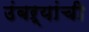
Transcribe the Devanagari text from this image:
उंबऱ्यांची